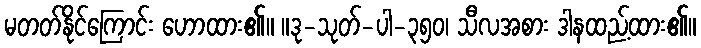
မတတ်နိုင်ကြောင်း ဟောထား၏။ ။ဒု-သုတ်-ပါ-၃၅၀၊ သီလအစား ဒါနထည့်ထား၏။